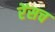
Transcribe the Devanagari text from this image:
रेंसच